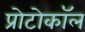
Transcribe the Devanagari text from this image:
प्रोटोकाॅल